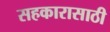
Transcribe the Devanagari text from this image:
सहकारासाठी